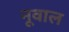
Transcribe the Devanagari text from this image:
नूवाल